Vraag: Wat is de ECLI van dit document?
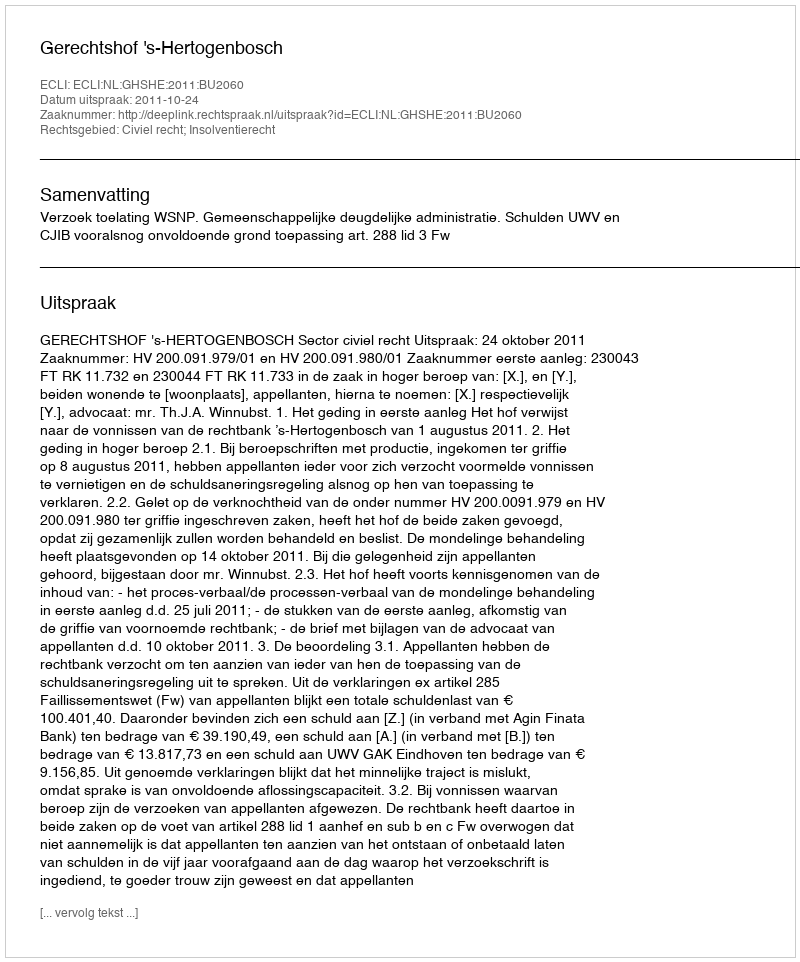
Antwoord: ECLI:NL:GHSHE:2011:BU2060